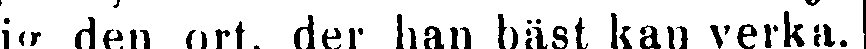
ig den ort, der han bäst kan verka.